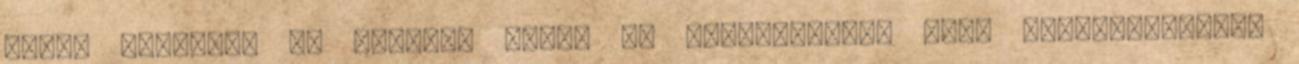
díjat osztanak ki március végén az Országházban azon társaságoknak,